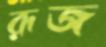
রূজ